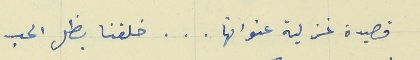
قصيدة غزلية عنوانها   .   .   .   خلقنا بظل الحب